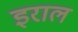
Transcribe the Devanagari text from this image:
इराल